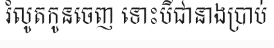
រំលូតកូនចេញ ទោះបីជានាងប្រាប់